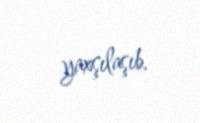
yaxşılaşıb.